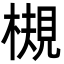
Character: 槻